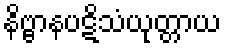
နိဗ္ဗာနပဋိသံယုတ္တာယ